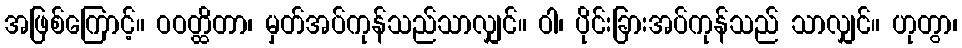
အဖြစ်ကြောင့်။ ဝဝတ္ထိတာ၊ မှတ်အပ်ကုန်သည်သာလျှင်။ ဝါ၊ ပိုင်းခြားအပ်ကုန်သည် သာလျှင်။ ဟုတွာ၊